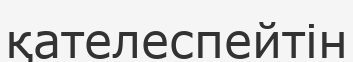
қателеспейтін